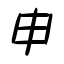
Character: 申